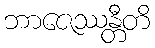
ဘာဇေဿန္တီတိ